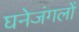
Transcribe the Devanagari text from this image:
घनेजंगलों